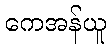
ကေအန်ယူ